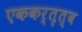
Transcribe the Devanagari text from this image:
एककर्तृत्व